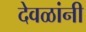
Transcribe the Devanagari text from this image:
देवळांनी